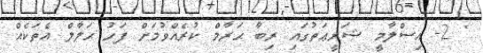
' 2- އިސްލާމީ ޝަރީޢަތުގައި ރިބާ ޙަރާމް ކުރެއްވުމަށް ފަހު ޙަލާލް އެތަކެއް